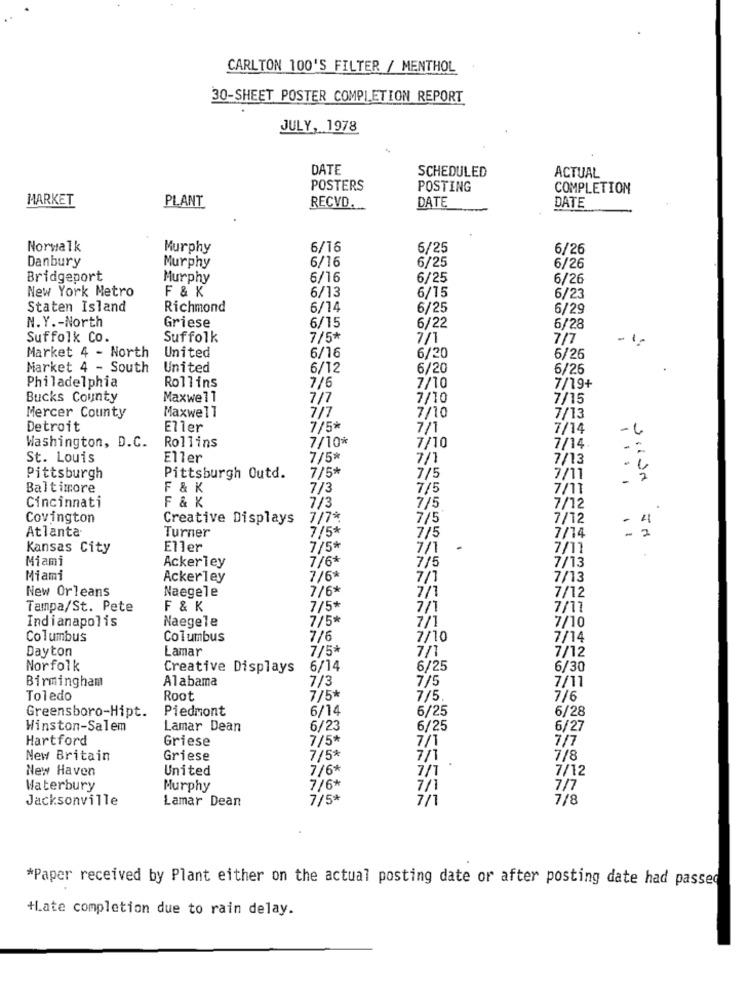
CARLTON 100'S FILTER / MENTHOL
30-SHEET POSTER COMPLETION REPORT
JULY, 1978
DATE
SCHEDULED
ACTUAL
POSTERS
POSTING
COMPLETION
MARKET
PLANT
DATE
RECVD.
DATE
Norwalk
Murphy
6/16
6/25
6/26
6/16
6/25
Danbury
Murphy
6/26
Bridgeport
Murphy
6/16
6/25
6/26
New York Metro
F & K
6/13
6/15
6/23
Staten Island
Richmond
6/14
6/25
6/29
Griese
6/15
N. Y .- North
6/22
6/28
Suffolk Co.
Suffolk
7/5*
7/1
7/7
6/16
Market 4 - North
United
6/20
6/26
Market 4 - South
United
6/12
6/20
6/26
7/6
Philadelphia
Rollins
7/10
7/19+
Bucks County
Maxwell
7/10
7/15
Maxwell
7/7
Mercer County
7/10
7/13
Detroit
Eller
7/5*
7/1
7/14
Rollins
7/10*
Washington, D.C.
7/10
7/14.
St. Louis
Eller
7/5*
7/1
7/13
7/5*
Pittsburgh
Pittsburgh Outd.
7/5
7/11
.. . .
Sulda
Baltimore
F & K
7/3
7/5
7/11
F & K
7/3
Cincinnati
7/5
7/12
Covington
Creative Displays
7/7*
7/5
7/12
4
Atlanta·
7/5*
7/14
Turner
7/5
Kansas City
Eller
7/5*
7/1
-
7/11
Miami
7/6*
7/13
Ackerley
7/5
Miami
Ackerley
7/6*
7/1
7/13
New Orleans
7/6*
7/1
Naegele
7/12
Tampa/St. Pete
F & K
7/5*
7/1
7/11
Indianapolis
Naegele
7/5*
7/10
7/1
Columbus
Columbus
7/6
7/10
7/14
Dayton
Lamar
7/5*
7/1
7/12
Norfolk
Creative Displays
6/14
6/25
6/30
Birmingham
Alabama
7/3
7/5
7/11
Toledo
Root
7/5*
7/5
7/6
Piedmont
6/14
6/28
Greensboro-Hipt.
6/25
Winston-Salem
Lamar Dean
6/23
6/25
6/27
Hartford
Griese
7/5*
7/1
7/7
New Britain
Griese
7/5*
7/1
.
7/8
New Haven
United
7/6*
7/1
7/12
Waterbury
Murphy
7/6*
7/1
7/7
Jacksonville
Lamar Dean
7/5*
7/1
7/8
*Paper received by Plant either on the actual posting date or after posting date had passed
+Late completion due to rain delay.